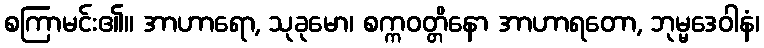
စကြာမင်း၏။ အာဟာရော, သုခုမော၊ စက္ကဝတ္တိနော အာဟာရတော, ဘုမ္မဒေဝါနံ၊